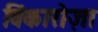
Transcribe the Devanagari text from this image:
विंकारोज़ा